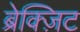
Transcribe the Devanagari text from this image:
ब्रेक्ज़िट